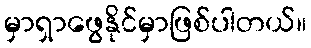
မှာရှာဖွေနိုင်မှာဖြစ်ပါတယ်။